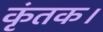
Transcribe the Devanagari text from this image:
कृंतक।